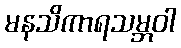
မနသိကာရသမ္ဘဝါ